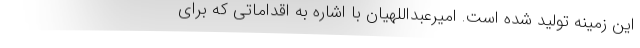
این زمینه تولید شده است. امیرعبداللهیان با اشاره به اقداماتی که برای